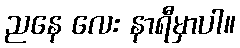
ညနေ လေး နာရီမှာပါ။